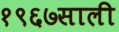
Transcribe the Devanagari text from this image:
१९६७साली